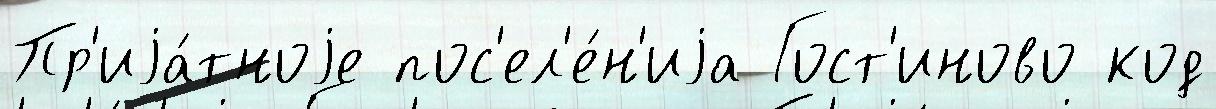
Пр'иjа́тноjе пос'ел'е́н'иjа Гост'иново код